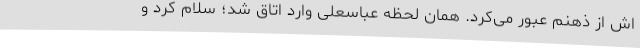
اش از ذهنم عبور می‌کرد. همان لحظه عباسعلی وارد اتاق شد؛ سلام کرد و